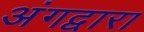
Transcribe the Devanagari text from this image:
अंगद्वारा